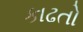
કાઢતો